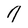
Character: 7